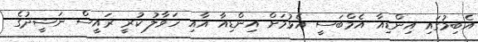
އެބިމުގައި އިންޑިއާ އެމްބަސީ އެޅުމަށް އިންޑިއާ އާއި ހަވާލު ކުރީ ރައީސް ނަޝީދުގެ